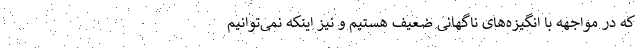
که در مواجهه با انگیزه‌های ناگهانی ضعیف هستیم و نیز اینکه نمی‌توانیم